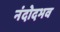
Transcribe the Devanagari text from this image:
नंदोदभव